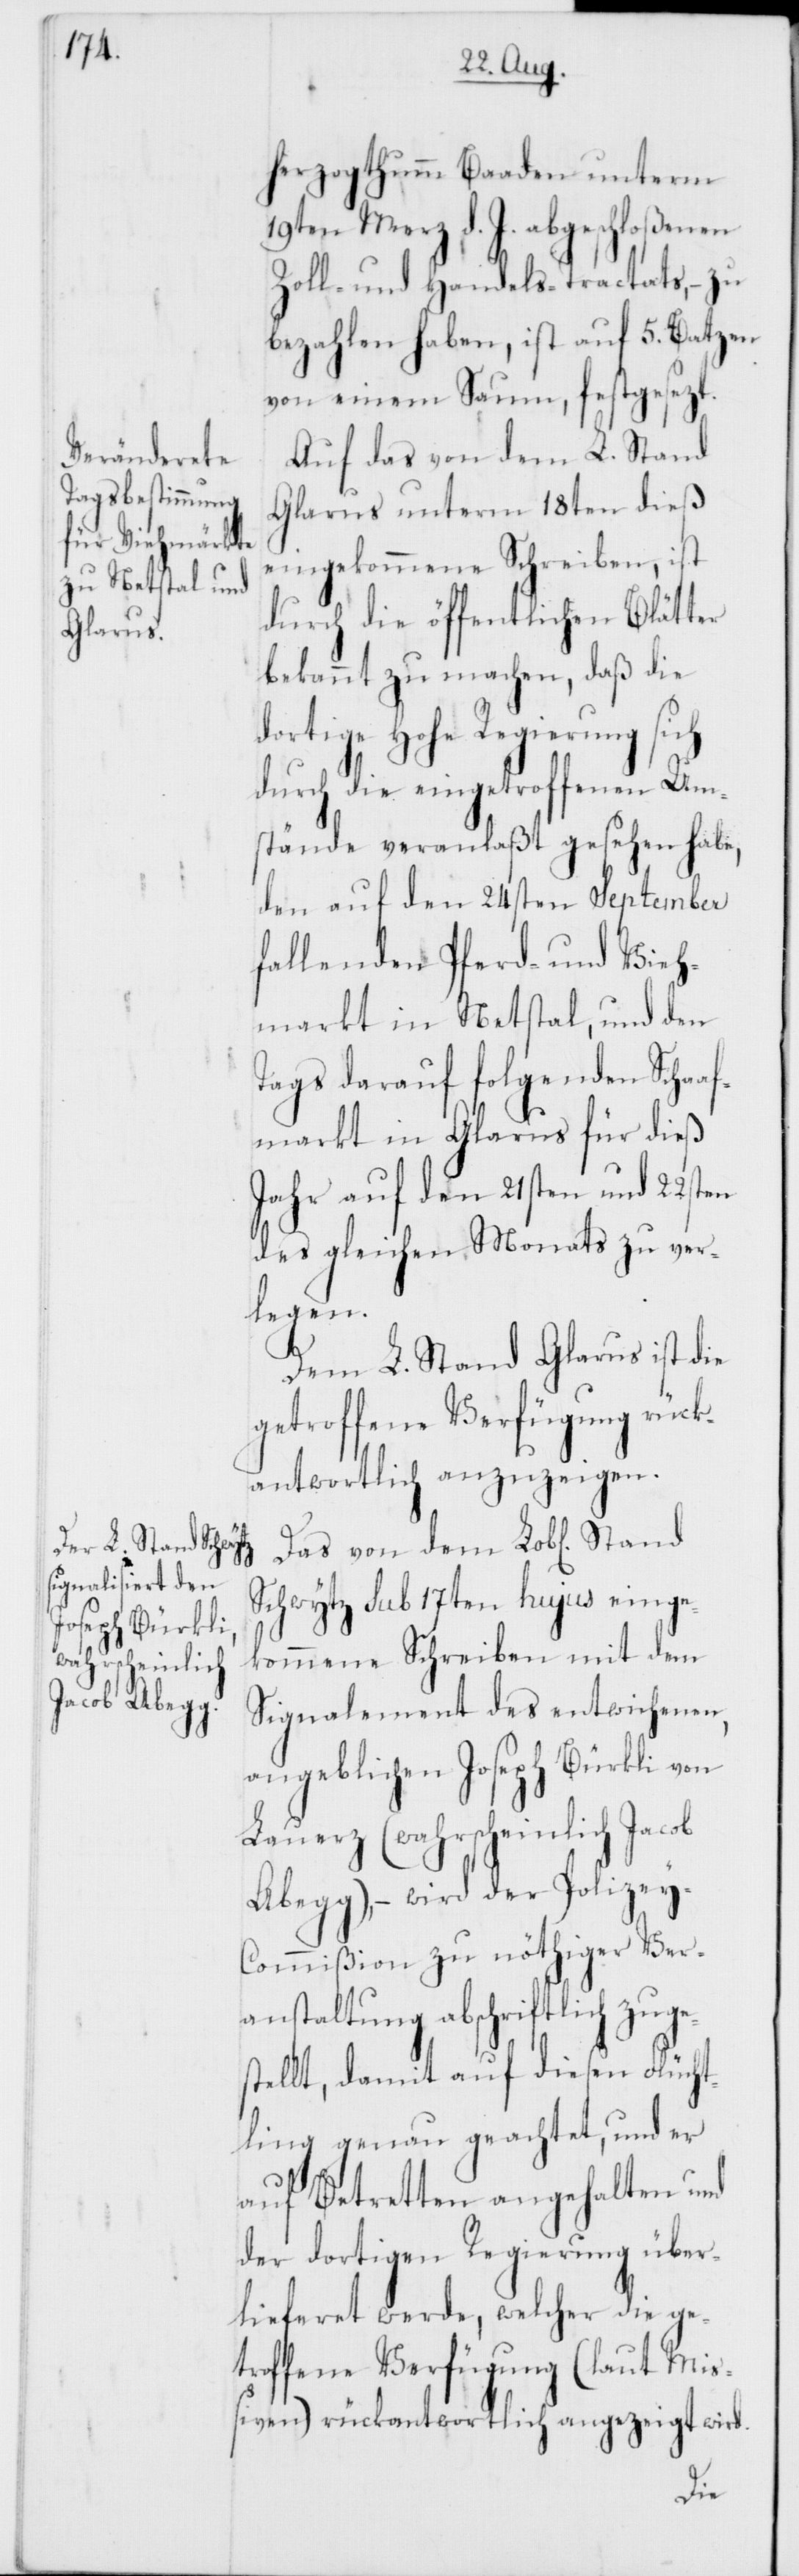
herzogthumm Baaden unterm
19ten Merz d. J. abgeschloßenen
Zoll- und Handels-Tractats, – zu
bezahlen haben, ist auf 5. Batzen
von einem Saum, festgesezt.
Auf das von dem L. Stand
Glarus unterm 18ten dieß
eingekommene Schreiben, ist
durch die öffentlichen Blätter
bekannt zu machen, daß die
dortige Hohe Regierung sich
durch die eingetroffenen Um¬
stände veranlaßt gesehen habe,
den auf den 24sten September
fallenden Pferd- und Vieh¬
markt in Netstal, und den
Tags darauf folgenden Schaaf¬
markt in Glarus für dieß
Jahr auf den 21sten und 22sten
des gleichen Monats zu ver¬
legen.
Dem L. Stand Glarus ist die
getroffene Verfügung rück¬
antwortlich anzuzeigen.
Das von dem Lobl[ichen]
Schwytz sub 17ten hujus einge¬
kommene Schreiben mit dem
Signalement des entwichenen,
angeblichen Joseph Bürkli von
Lauerz (wahrscheinlich Jacob
Abegg), – wird der Polize¬
y-Commißion zu nöthiger Ver¬
anstaltung abschriftlich zuge¬
stellt, damit auf diesen Flücht¬
ling genau geachtet, und er
auf Betretten angehalten und
der dortigen Regierung über¬
lieferet werde, welcher die ge¬
troffene Verfügung (laut Mi¬
ßiven) rückantwortlich angezeigt wird.